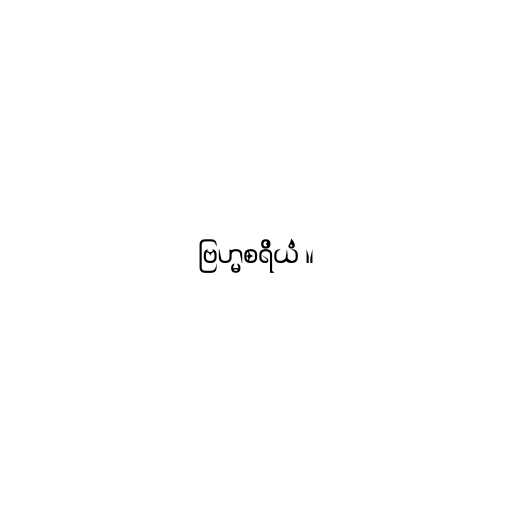
ဗြဟ္မစရိယံ ။